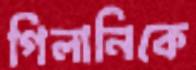
গিলানিকে